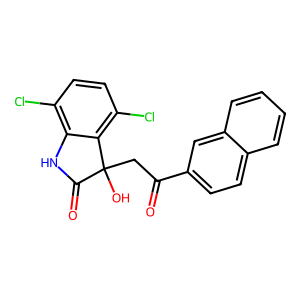
SMILES: O=C(CC1(O)C(=O)Nc2c(Cl)ccc(Cl)c21)c1ccc2ccccc2c1
Inhibits HIV replication: No